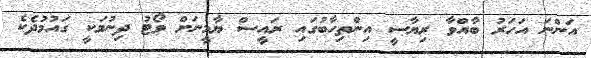
އަންނަ އަހަރު ބާއްވާ ރިޔާސީ އިންތިހާބުގައި ރައީސް ޔާމީނަށް ވޯޓު ދިނުމަކީ ގައުމުދެކެ